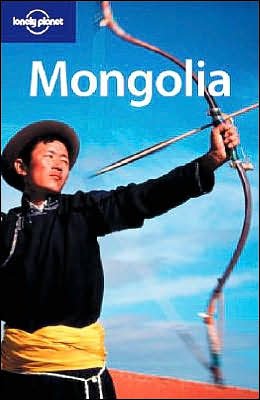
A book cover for Lonely Planet Mongolia (Country Guide); Michael Kohn; Travel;